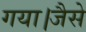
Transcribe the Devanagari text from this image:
गया।जैसे